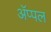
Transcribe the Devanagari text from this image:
अॅप्पल